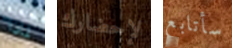
لماذا لإحضارك سأتابع